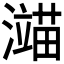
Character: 𬉙